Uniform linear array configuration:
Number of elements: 8
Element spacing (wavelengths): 0.75
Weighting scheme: uniform
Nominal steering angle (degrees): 45
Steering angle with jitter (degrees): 46.957
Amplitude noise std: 0.05
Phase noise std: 0.05

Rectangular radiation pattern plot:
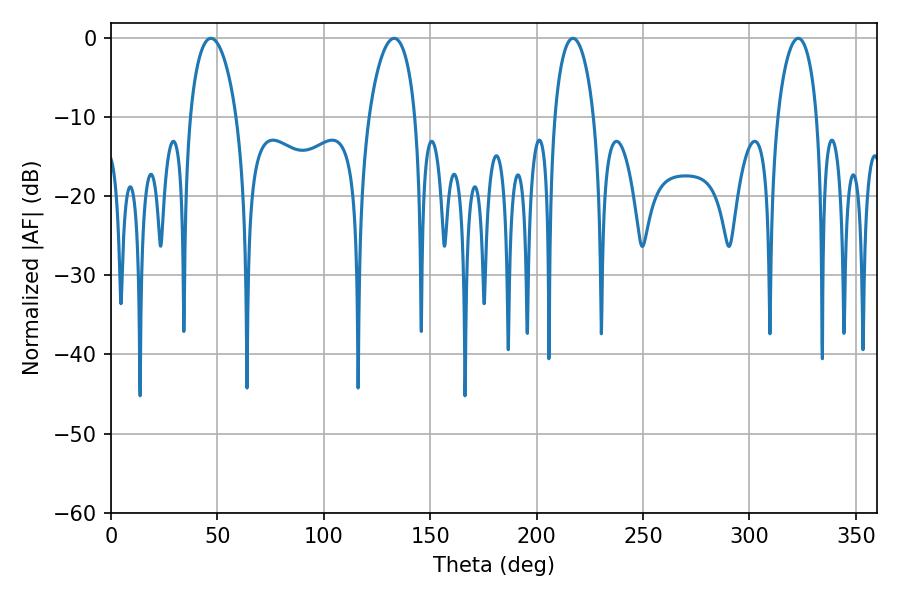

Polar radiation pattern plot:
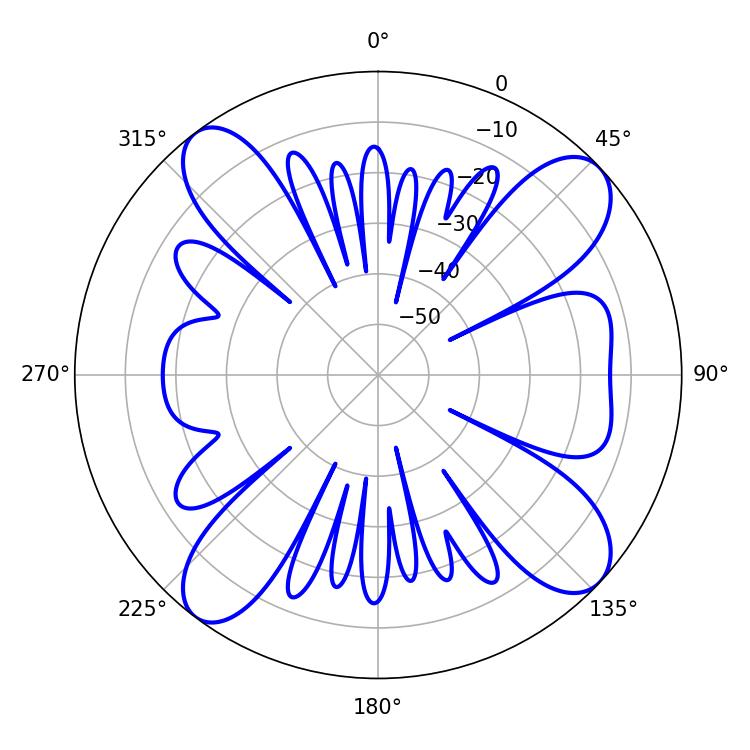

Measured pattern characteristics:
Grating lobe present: TRUE
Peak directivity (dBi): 12.461
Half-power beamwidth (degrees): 10.44
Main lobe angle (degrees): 217.08